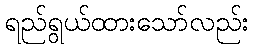
ရည်ရွယ်ထားသော်လည်း